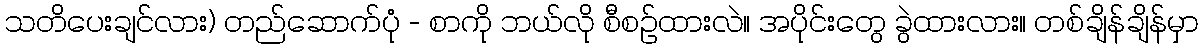
သတိပေးချင်လား) တည်ဆောက်ပုံ - စာကို ဘယ်လို စီစဉ်ထားလဲ။ အပိုင်းတွေ ခွဲထားလား။ တစ်ချိန်ချိန်မှာ